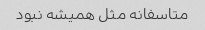
متاسفانه مثل همیشه نبود